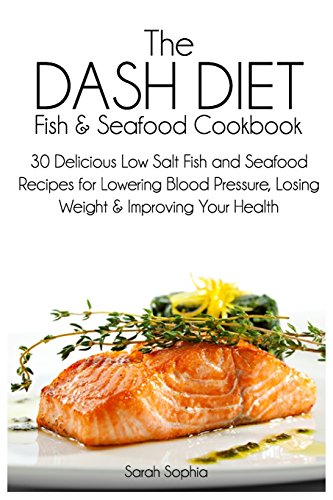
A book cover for The DASH Diet Fish and Seafood Cookbook: 30 Delicious Low Salt Fish and Seafood Recipes for Lowering Blood Pressure, Losing Weight and Improving Your Health; Sarah Sophia; Cookbooks, Food & Wine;